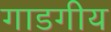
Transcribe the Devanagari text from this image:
गाडगीय